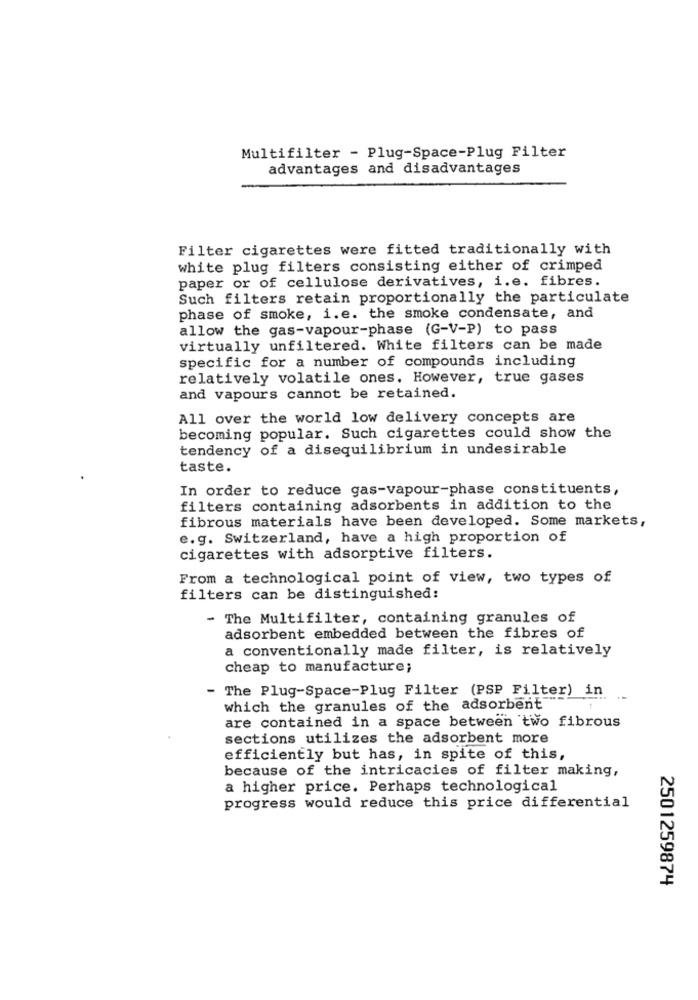
Multifilter - Plug-Space-Plug Filter
advantages and disadvantages
Filter cigarettes were fitted traditionally with
white plug filters consisting either of crimped
paper or of cellulose derivatives, i.e. fibres.
Such filters retain proportionally the particulate
phase of smoke, i.e. the smoke condensate, and
allow the gas-vapour-phase (G-V-P) to pass
virtually unfiltered. White filters can be made
specific for a number of compounds including
relatively volatile ones. However, true gases
and vapours cannot be retained.
All over the world low delivery concepts are
becoming popular. Such cigarettes could show the
tendency of a disequilibrium in undesirable
taste.
In order to reduce gas-vapour-phase constituents,
filters containing adsorbents in addition to the
fibrous materials have been developed. Some markets,
e.g. Switzerland, have a high proportion of
cigarettes with adsorptive filters.
From a technological point of view, two types of
filters can be distinguished:
- The Multifilter, containing granules of
adsorbent embedded between the fibres of
a conventionally made filter, is relatively
cheap to manufacture;
- The Plug-Space-Plug Filter (PSP Filter) in
which the granules of the adsorbent
are contained in a space between two fibrous
sections utilizes the adsorbent more
efficiently but has, in spite of this,
because of the intricacies of filter making,
a higher price. Perhaps technological
progress would reduce this price differential
2501259874